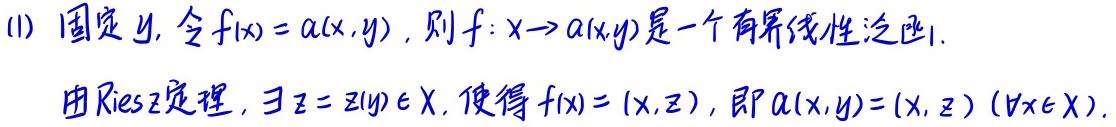
(1) 固定 $y$, 令 $f(x)=a(x,y)$, 则 $f:x\to a(x,y)$ 是一个有界线性泛函.

由Riesz定理, $\exists z = z(y)\in X$, 使得 $f(x)=(x,z)$, 即 $a(x,y)=(x,z)\ (\forall x\in X)$.